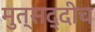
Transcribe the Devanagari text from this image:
मुत्सद्दीच